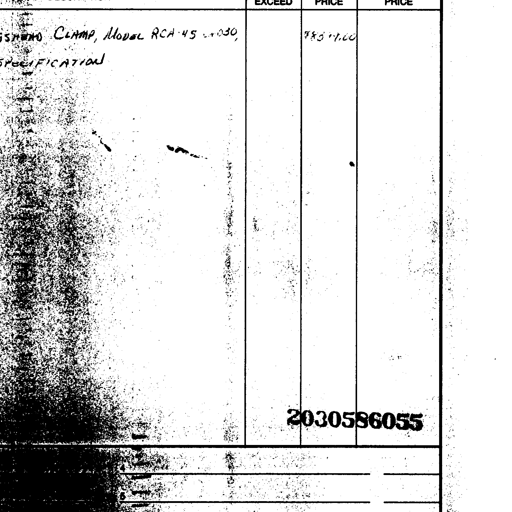
EXCEED PRICE PRICE
CLAMP, MODEL RCA-45-030, 785,7.00
SPECIFICATION
2030586055